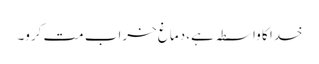
خدا کا واسطہ ہے، دماغ خراب مت کرو۔